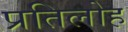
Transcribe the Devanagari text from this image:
प्रतिलोह